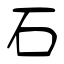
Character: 石